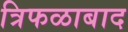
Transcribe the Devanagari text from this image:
त्रिफळाबाद